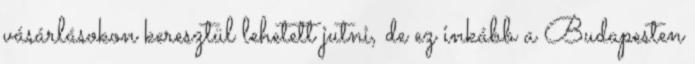
vásárlásokon keresztül lehetett jutni, de ez inkább a Budapesten